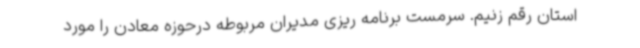
استان رقم زنیم. سرمست برنامه ریزی مدیران مربوطه درحوزه معادن را مورد